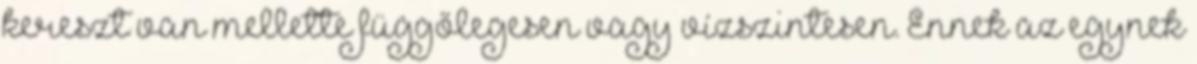
kereszt van mellette függőlegesen vagy vízszintesen. Ennek az egynek